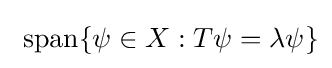
\ \mathrm {span} \{\psi \in X:T\psi =\lambda \psi \}